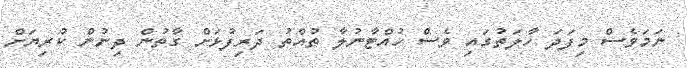
ނަމަވެސް މިފަދަ ހާލަތުގައި ވެސް ހުއްޓާނުލާ ތުއްތު ދަރިފުޅަށް ގާތުން ދިނުން ކުރިޔަށް